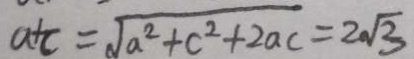
a + c = \sqrt { a ^ { 2 } + c ^ { 2 } + 2 a c } = 2 \sqrt { 3 }